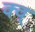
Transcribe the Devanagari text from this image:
क्व्